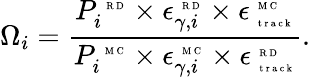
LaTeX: {\Omega}_{i}=\frac{P_{i}^{\mathrm{~\tiny~R~D~}}\times\epsilon_{\gamma,i}^{\mathrm{~\tiny~R~D~}}\times\epsilon_{\mathrm{~\tiny~t~r~a~c~k~}}^{\mathrm{~\tiny~M~C~}}}{{P_{i}^{\mathrm{~\tiny~M~C~}}}\times{\epsilon_{\gamma,i}^{{\mathrm{~\tiny~M~C~}}}}\times\epsilon_{\mathrm{~\tiny~t~r~a~c~k~}}^{\mathrm{~\tiny~R~D~}}}.